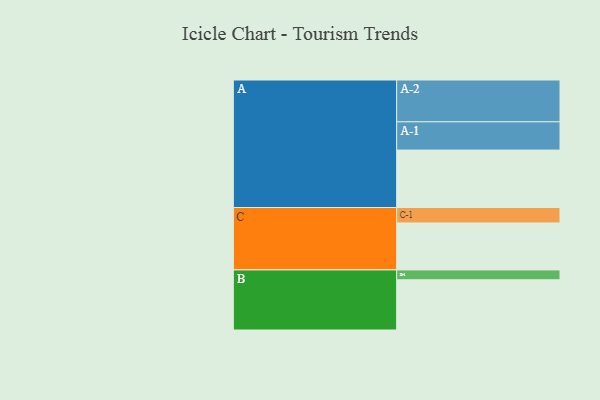
{"axis": {"x": "Segment", "y": "Value"}, "legend": ["", "A", "B", "C"], "data": [{"x": "A", "y": 390, "type": ""}, {"x": "B", "y": 341, "type": ""}, {"x": "C", "y": 319, "type": ""}, {"x": "A-1", "y": 192, "type": "A"}, {"x": "A-2", "y": 284, "type": "A"}, {"x": "B-1", "y": 67, "type": "B"}, {"x": "C-1", "y": 105, "type": "C"}]}